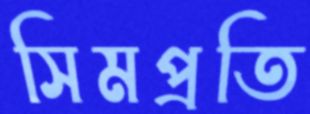
সিমপ্রতি